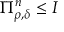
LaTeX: \Pi _ { \rho , \delta } ^ { n } \leq I